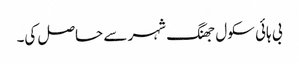
بی ہائی سکول جھنگ شہر سے حاصل کی۔